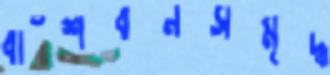
বাঁশবনসমৃদ্ধ